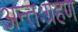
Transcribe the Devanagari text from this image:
अन्तःग्रहण